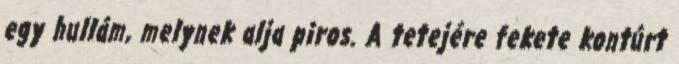
egy hullám, melynek alja piros. A tetejére fekete kontúrt